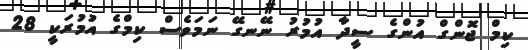
ކިމް ޖޮންގް އުންގެ ސީދާ އުމުރު ނޭނގޭ ނަމަވެސް ކިމްގެ އުމުރަކީ 28